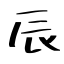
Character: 辰